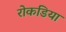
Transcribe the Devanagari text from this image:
रोकडिया